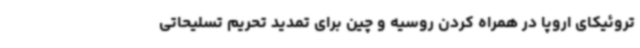
تروئیکای اروپا در همراه کردن روسیه و چین برای تمدید تحریم تسلیحاتی